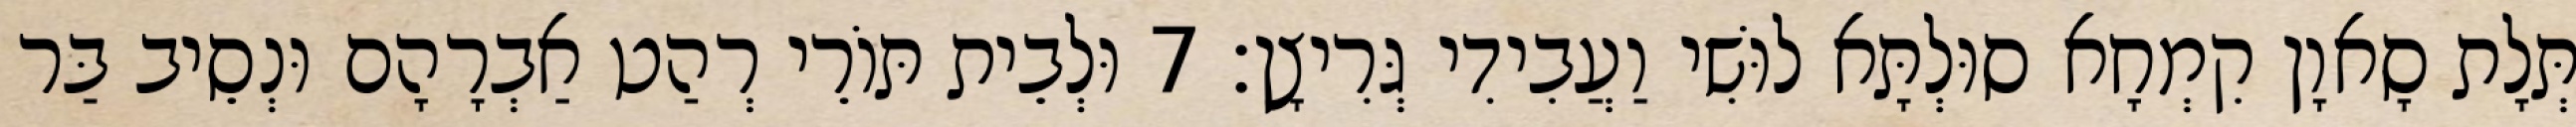
תְּלָת סָאוָן קִמְחָא סוּלְתָּא לוּשִׁי וַעֲבִידִי גְּרִיצָן׃ 7 וּלְבֵית תּוֹרֵי רְהַט אַבְרָהָם וּנְסֵיב בַּר